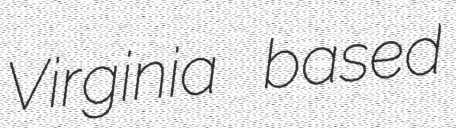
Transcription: Virginia based